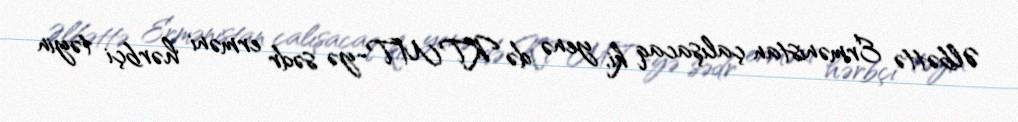
Əlbəttə Ermənistan çalışacaq ki, yenə də KTMT-yə sədr erməni hərbçi təyin